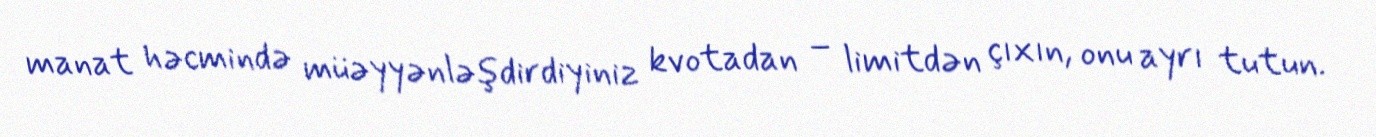
manat həcmində müəyyənləşdirdiyiniz kvotadan – limitdən çıxın, onu ayrı tutun.